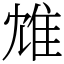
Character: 䧵